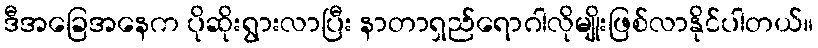
ဒီအခြေအနေက ပိုဆိုးရွားလာပြီး နာတာရှည်ရောဂါလိုမျိုးဖြစ်လာနိုင်ပါတယ်။